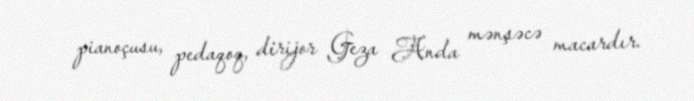
pianoçusu, pedaqoq, dirijor Geza Anda mənşəcə macardır.